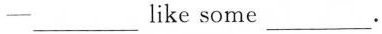
-___like some___.